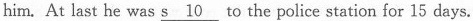
him. At last he was \underline{s 10}to the police station for 15 days.